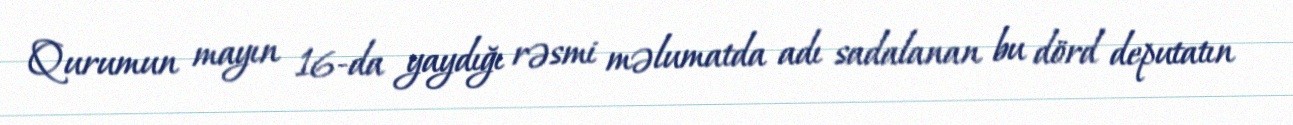
Qurumun mayın 16-da yaydığı rəsmi məlumatda adı sadalanan bu dörd deputatın